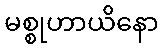
မစ္စုဟာယိနော